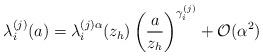
LaTeX: \begin{align*}\lambda_i^{(j)}(a) = \lambda_i^{(j)\alpha}(z_h) \left(\frac{a}{z_h} \right)^{\gamma_i^{(j)}} + {\cal O} (\alpha^{2})\end{align*}